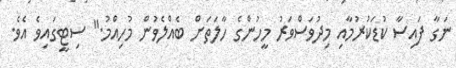
ނަގާ ފައިސާ ކުޑަކުރުމާއި މިދުވަސްވަރު މީހުންގެ ހާލަތަށް ބެއްލެވުން މުހިއްމު." ސިޓީގައިވެ އެވެ.